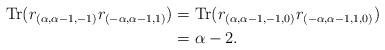
LaTeX: \begin{align*}\operatorname{Tr}(r_{(\alpha,\alpha-1,-1)}r_{(-\alpha,\alpha-1,1)})&=\operatorname{Tr}(r_{(\alpha,\alpha-1,-1,0)}r_{(-\alpha,\alpha-1,1,0)})\\ &=\alpha-2. \end{align*}